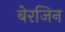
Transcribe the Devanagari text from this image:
बेरजिन